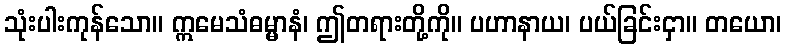
သုံးပါးကုန်သော။ ဣမေသံဓမ္မာနံ၊ ဤတရားတို့ကို။ ပဟာနာယ၊ ပယ်ခြင်းငှာ။ တယော၊